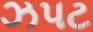
ઝપટ